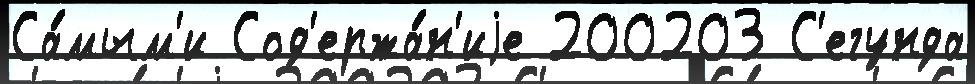
Са́мым'и Сод'ержа́н'иjе 200203 С'егунда